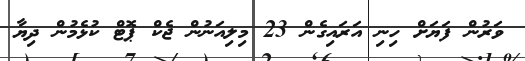
ވަރުން ފަޔަށް ހިނި އަރައިގެން 23 މިިލިއަނުން ޖެކް ޕޮޓް ކުޅެމުން ދިޔާ